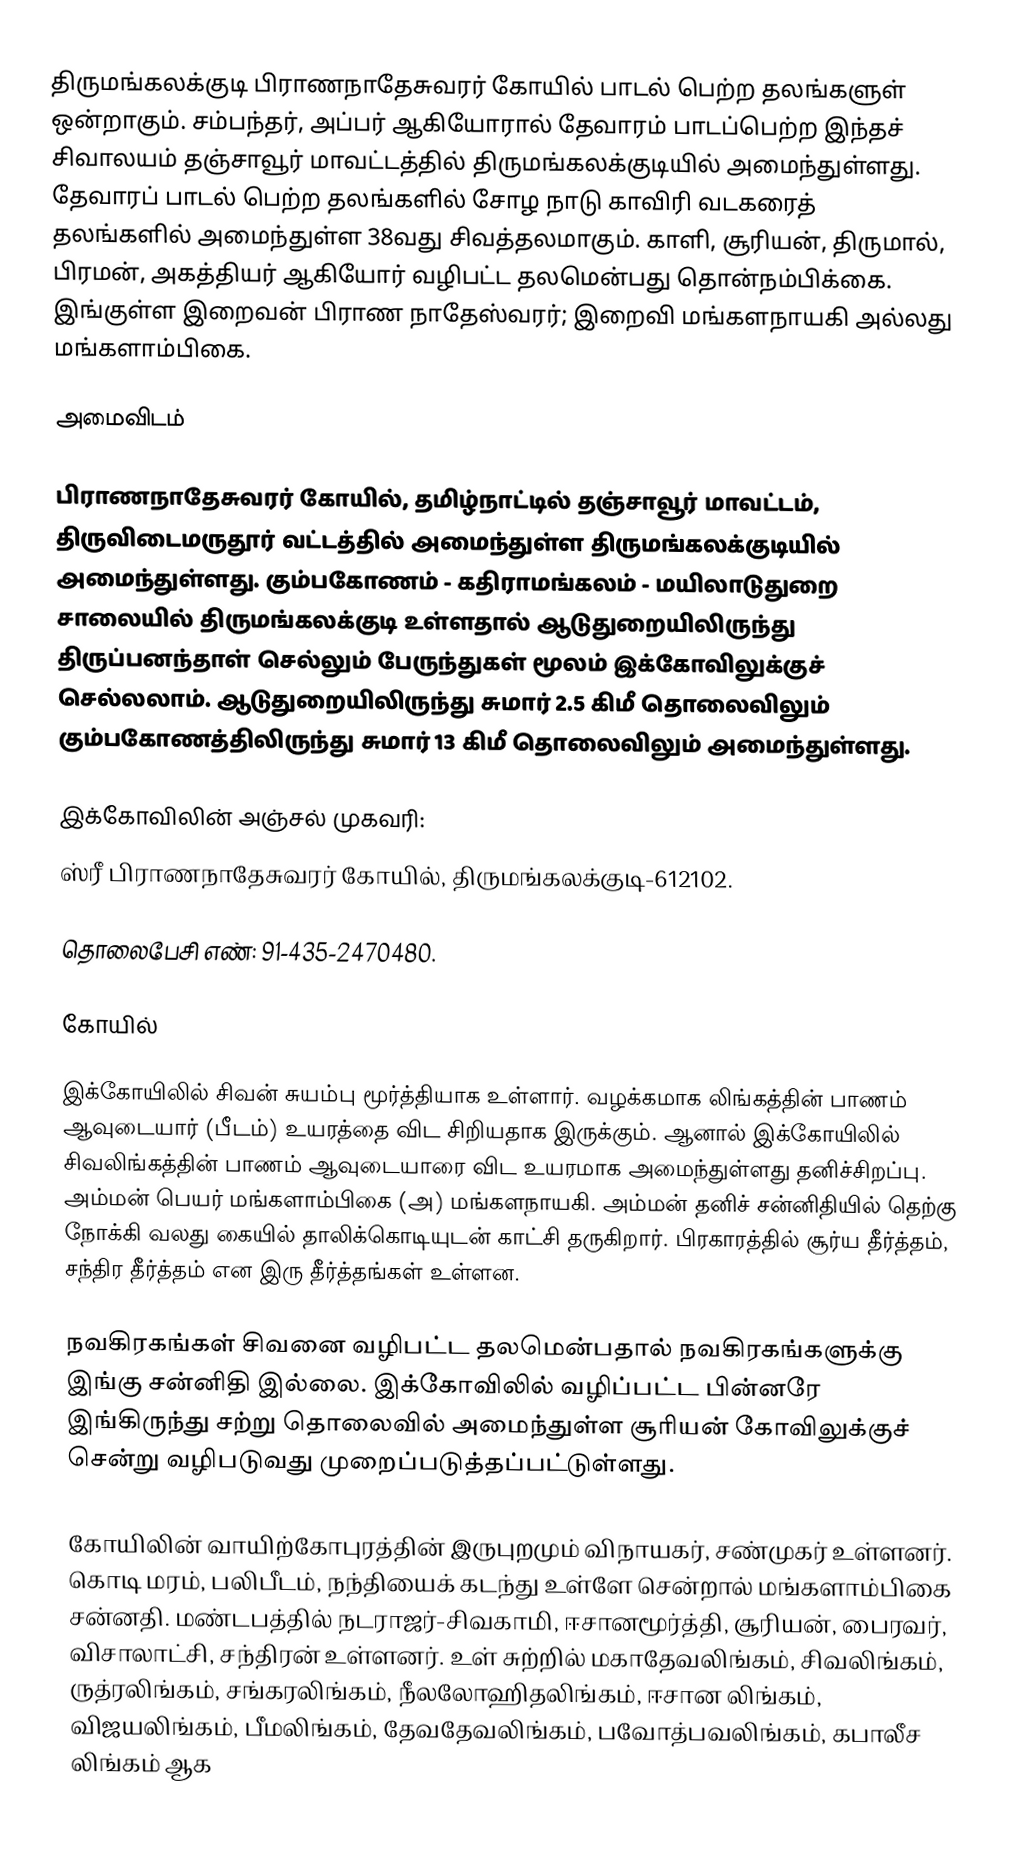
திருமங்கலக்குடி பிராணநாதேசுவரர் கோயில் பாடல் பெற்ற தலங்களுள் ஒன்றாகும். சம்பந்தர், அப்பர் ஆகியோரால் தேவாரம் பாடப்பெற்ற இந்தச் சிவாலயம் தஞ்சாவூர் மாவட்டத்தில் திருமங்கலக்குடியில் அமைந்துள்ளது. தேவாரப் பாடல் பெற்ற தலங்களில்  சோழ நாடு காவிரி வடகரைத் தலங்களில் அமைந்துள்ள 38வது சிவத்தலமாகும். காளி, சூரியன், திருமால், பிரமன், அகத்தியர் ஆகியோர் வழிபட்ட தலமென்பது தொன்நம்பிக்கை. இங்குள்ள இறைவன் பிராண நாதேஸ்வரர்; இறைவி மங்களநாயகி அல்லது மங்களாம்பிகை.

அமைவிடம்

பிராணநாதேசுவரர் கோயில், தமிழ்நாட்டில் தஞ்சாவூர் மாவட்டம், திருவிடைமருதூர் வட்டத்தில் அமைந்துள்ள திருமங்கலக்குடியில் அமைந்துள்ளது. கும்பகோணம் - கதிராமங்கலம் - மயிலாடுதுறை சாலையில் திருமங்கலக்குடி உள்ளதால் ஆடுதுறையிலிருந்து திருப்பனந்தாள் செல்லும் பேருந்துகள் மூலம் இக்கோவிலுக்குச் செல்லலாம். ஆடுதுறையிலிருந்து சுமார் 2.5 கிமீ தொலைவிலும் கும்பகோணத்திலிருந்து சுமார் 13 கிமீ தொலைவிலும் அமைந்துள்ளது.

இக்கோவிலின் அஞ்சல் முகவரி:
ஸ்ரீ பிராணநாதேசுவரர் கோயில், திருமங்கலக்குடி-612102.

தொலைபேசி எண்: 91-435-2470480.

கோயில்

இக்கோயிலில் சிவன் சுயம்பு மூர்த்தியாக உள்ளார். வழக்கமாக லிங்கத்தின் பாணம் ஆவுடையார் (பீடம்) உயரத்தை விட சிறியதாக இருக்கும். ஆனால் இக்கோயிலில் சிவலிங்கத்தின் பாணம் ஆவுடையாரை விட உயரமாக அமைந்துள்ளது தனிச்சிறப்பு. அம்மன் பெயர் மங்களாம்பிகை (அ) மங்களநாயகி. அம்மன் தனிச் சன்னிதியில் தெற்கு நோக்கி வலது கையில் தாலிக்கொடியுடன் காட்சி தருகிறார். பிரகாரத்தில் சூர்ய தீர்த்தம், சந்திர தீர்த்தம் என இரு தீர்த்தங்கள் உள்ளன.

நவகிரகங்கள் சிவனை வழிபட்ட தலமென்பதால் நவகிரகங்களுக்கு இங்கு சன்னிதி இல்லை. இக்கோவிலில் வழிப்பட்ட பின்னரே இங்கிருந்து சற்று தொலைவில் அமைந்துள்ள சூரியன் கோவிலுக்குச் சென்று வழிபடுவது முறைப்படுத்தப்பட்டுள்ளது.

கோயிலின் வாயிற்கோபுரத்தின் இருபுறமும் விநாயகர், சண்முகர் உள்ளனர். கொடி மரம், பலிபீடம், நந்தியைக் கடந்து உள்ளே சென்றால் மங்களாம்பிகை சன்னதி.  மண்டபத்தில் நடராஜர்-சிவகாமி,  ஈசானமூர்த்தி, சூரியன், பைரவர், விசாலாட்சி, சந்திரன் உள்ளனர். உள் சுற்றில் மகாதேவலிங்கம், சிவலிங்கம், ருத்ரலிங்கம், சங்கரலிங்கம், நீலலோஹிதலிங்கம், ஈசான லிங்கம், விஜயலிங்கம், பீமலிங்கம், தேவதேவலிங்கம், பவோத்பவலிங்கம், கபாலீச லிங்கம் ஆக